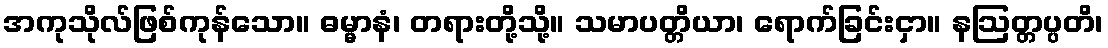
အကုသိုလ်ဖြစ်ကုန်သော။ ဓမ္မာနံ၊ တရားတို့သို့။ သမာပတ္တိယာ၊ ရောက်ခြင်းငှာ။ နဩတ္တပ္ပတိ၊